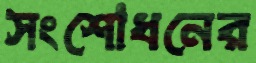
সংশোধনের